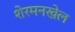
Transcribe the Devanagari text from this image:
शेरमनखेल